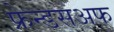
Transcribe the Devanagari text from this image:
फ्रेन्डसअफ